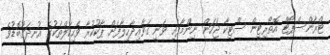
ޓްރާންސްޕޯޓް އޮތޯރިޓީން ސްޓިކާ ޖަހަން ނިންމާފައި ވަނީ ގަވާއިދާހިލާފަށް ޕާކުކުރާ ވެހިކަލްތަކުގެ އުނދަގޫބޮޑުވެ